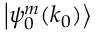
\left| \psi _ { 0 } ^ { m } ( k _ { 0 } ) \right>